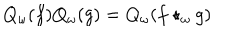
Q _ { \omega } ( f ) Q _ { \omega } ( g ) = Q _ { \omega } ( f \star _ { \omega } g )